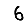
Digit: 6